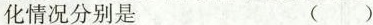
化情况分别是 ( )